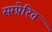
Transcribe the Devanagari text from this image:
सम्प्रेरित